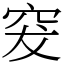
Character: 𥥛